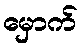
မှောက်